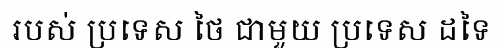
របស់ ប្រទេស ថៃ ជាមួយ ប្រទេស ដទៃ